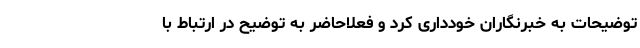
توضیحات به خبرنگاران خودداری کرد و فعلاحاضر به توضیح در ارتباط با